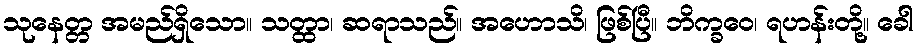
သုနေတ္တ အမည်ရှိသော။ သတ္ထာ၊ ဆရာသည်။ အဟောသိ၊ ဖြစ်ပြီ။ ဘိက္ခဝေ၊ ရဟန်းတို့။ ခေါ